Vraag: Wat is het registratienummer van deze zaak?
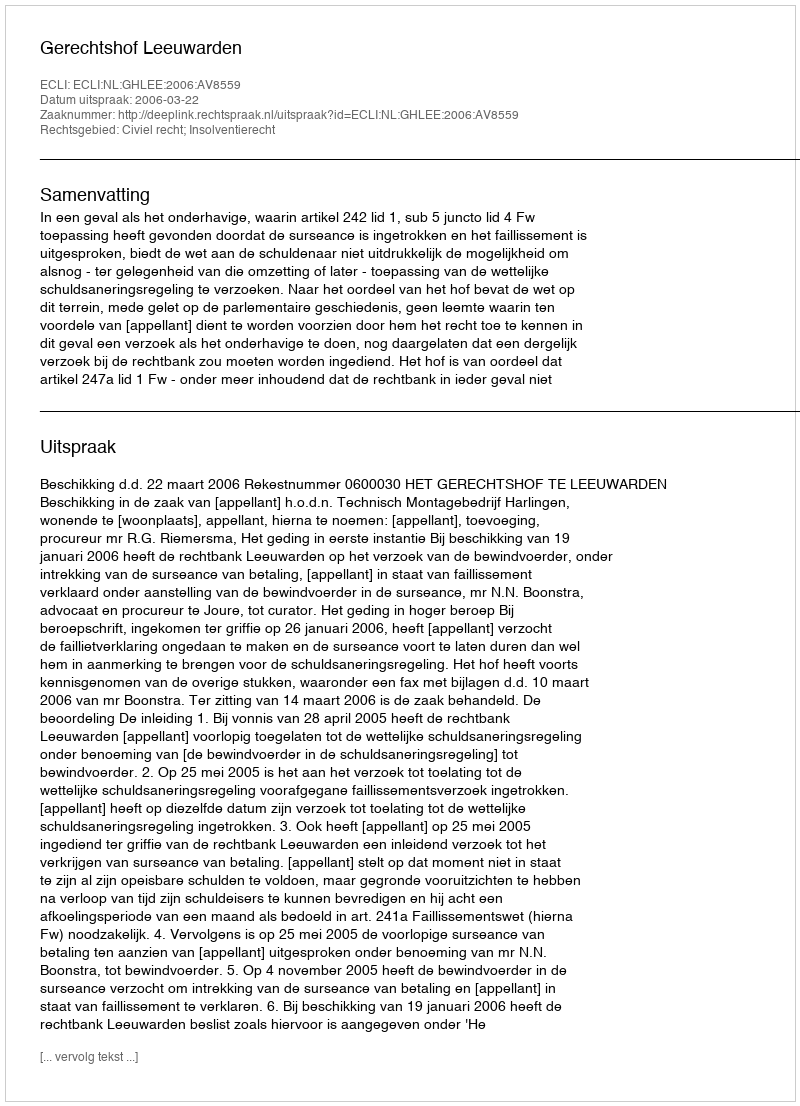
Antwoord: http://deeplink.rechtspraak.nl/uitspraak?id=ECLI:NL:GHLEE:2006:AV8559